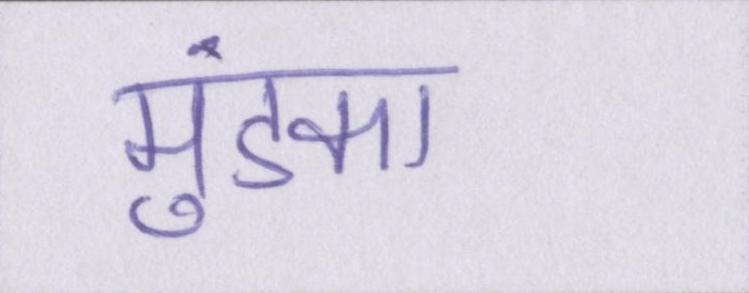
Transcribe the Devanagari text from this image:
मुंडका